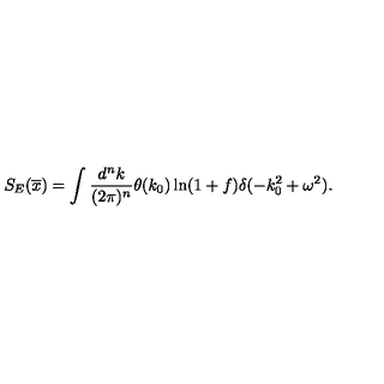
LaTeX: S _ { E } ( \overline { x } ) = \int \frac { d ^ { n } k } { ( 2 \pi ) ^ { n } } \theta ( k _ { 0 } ) \ln ( 1 + f ) \delta ( - k _ { 0 } ^ { 2 } + \omega ^ { 2 } ) .